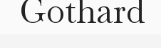
Gothard